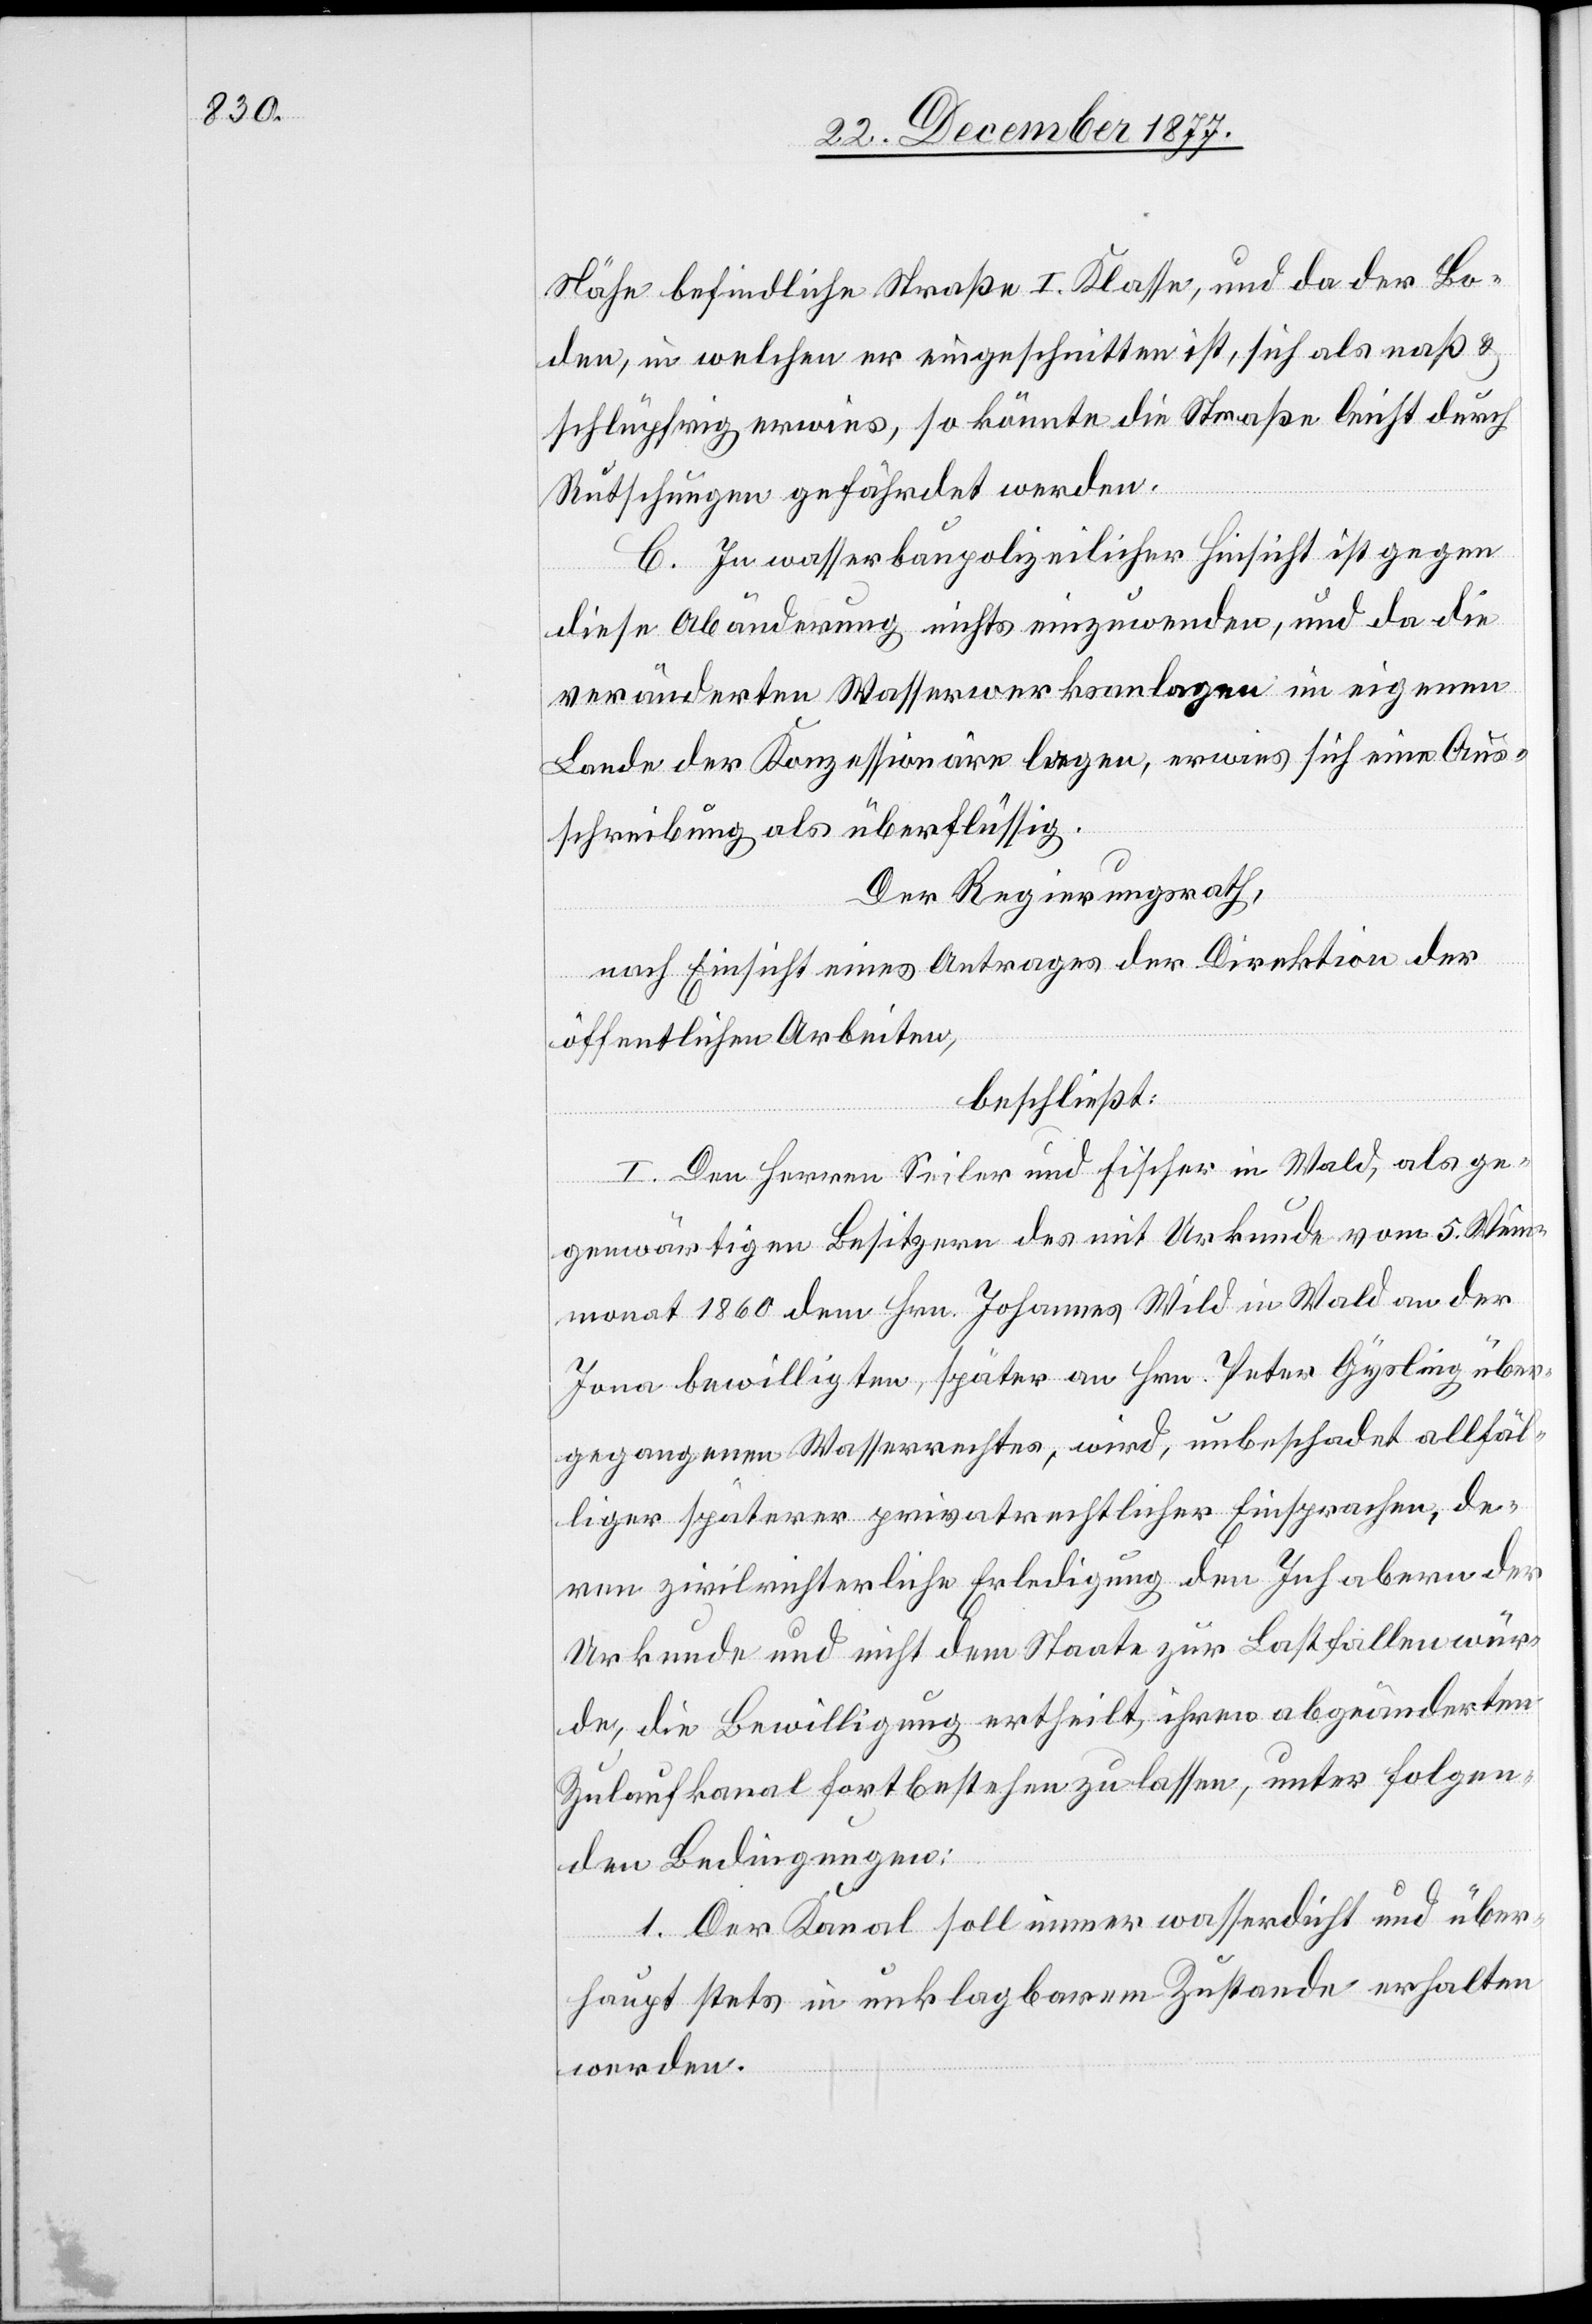
Nähe befindliche Straße I. Klasse, und da der Bo¬
den, in welchen er eingeschnitten ist, sich als naß &
schlüpfrig erwies, so könnte die Straße leicht durch
Rutschungen gefährdet werden.
C. In wasserbaupolizeilicher Hinsicht ist gegen
diese Abänderung nichts einzuwenden, und da die
veränderten Wasserwerksanlagen im eigenen
Lande der Konzessionäre lagen, erwies sich eine Aus¬
schreibung als überflüssig.
Der Regierungsrath,
nach Einsicht eines Antrages der Direktion der
öffentlichen Arbeiten,
beschließt:
I. Den Herren Seiler und Fischer in Wald, als ge¬
genwärtigen Besitzern des mit Urkunde vom 5. Wein¬
monat 1860 dem Hrn. Johannes Wild in Wald an der
Jona bewilligten, später an Hrn. Peter Gysling über¬
gegangenen Wasserrechtes, wird, unbeschadet allfäl¬
liger späterer privatrechtlicher Einsprachen, de¬
ren zivilrichterliche Erledigung den Inhabern der
Urkunde und nicht dem Staate zur Last fallen wür¬
de, die Bewilligung ertheilt, ihren abgeänderten
Zulaufkanal fortbestehen zu lassen, unter folgen¬
den Bedingungen:
1. Der Kanal soll immer wasserdicht und über¬
haupt stets in unklagbarem Zustande erhalten
werden.